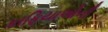
કાફિયાઓની